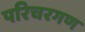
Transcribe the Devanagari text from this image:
परिचरगण